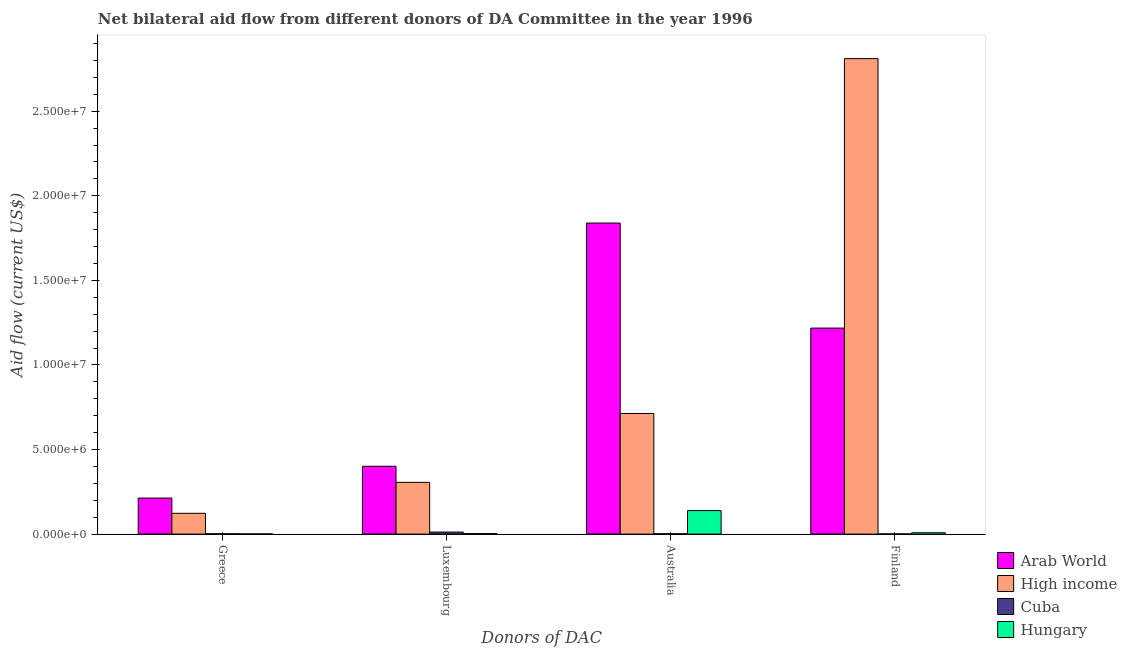
| Donors of DAC | Arab World | High income | Cuba | Hungary |
 | --- | --- | --- | --- | --- |
 | Greece | 2.13e+06 | 1.23e+06 | 2e+04 | 1e+04 |
 | Luxembourg | 4.01e+06 | 3.06e+06 | 1.2e+05 | 3e+04 |
 | Australia | 1.84e+07 | 7.13e+06 | 2e+04 | 1.39e+06 |
 | Finland | 1.22e+07 | 2.81e+07 | 1e+04 | 8e+04 |